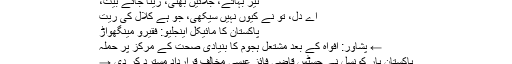
نیر بہاتے، جلائیں بھٹی، رینا جائے بیت،
اے دل، تو نے کیوں نہیں سیکھی، جو ہے کلال کی ریت
پاکستان کا مائیکل اینجلیو: فقیرو مینگھواڑ
← پشاور: افواہ کے بعد مشتعل ہجوم کا بنیادی صحت کے مرکز پر حملہ
پاکستان بار کونسل نے جسٹس قاضی فائز عیسیٰ مخالف قرارداد مسترد کر دی →